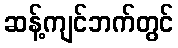
ဆန့်ကျင်ဘက်တွင်